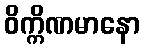
ဝိက္ကိဏမာနော